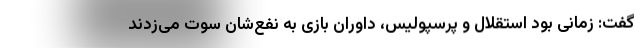
گفت: زمانی بود استقلال و پرسپولیس، داوران بازی به نفع‌شان سوت می‌زدند